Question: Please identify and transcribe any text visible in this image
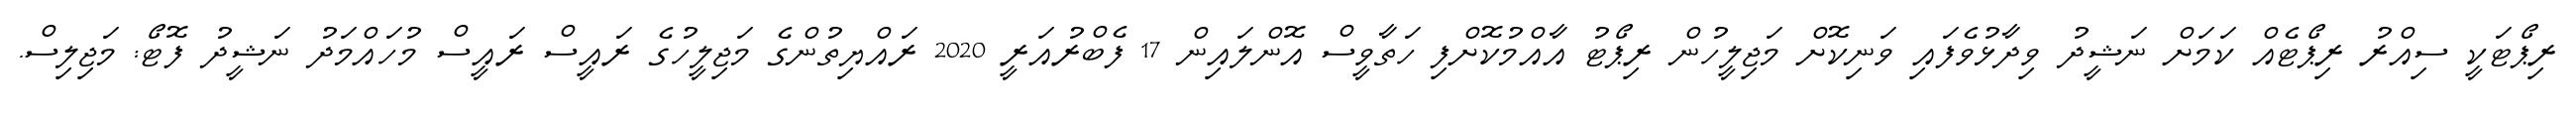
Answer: ރިޕޯޓަކީ ސިއްރު ރިޕޯޓެއް ކަމަށް ނަޝީދު ވިދާޅުވެފައި ވަނިކޮށް މަޖިލީހުން ރިޕޯޓު އާއްމުކޮށްފި ހަތާވީސް އޮންލައިން 17 ފެބްރުއަރީ 2020 ރައްޔިތުންގެ މަޖިލީހުގެ ރައީސް ރައީސް މުހައްމަދު ނަޝީދު ފޮޓޯ: މަޖިލިސް.